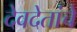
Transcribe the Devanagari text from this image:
देवदेतांचे